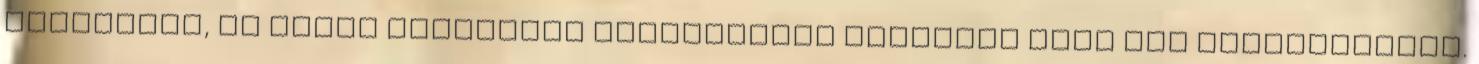
évszázada, de ilyen politikai bénultságot korábban soha nem tapasztaltam.